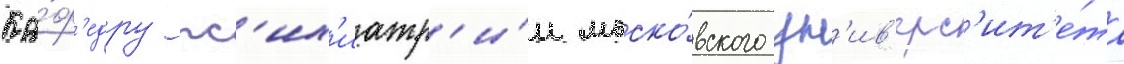
Ка́ф'едру пс'их'иатр'и́и моско́вского ун'ив'ерс'ит'е́та